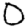
Digit: 0